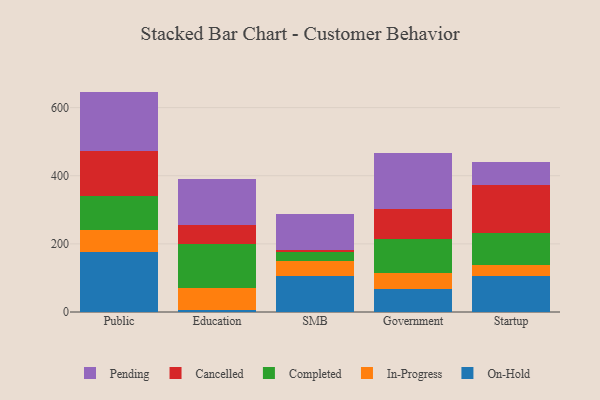
{"axis": {"x": "Segment", "y": "Gross Profit (USD K)"}, "legend": ["Cancelled", "Completed", "In-Progress", "On-Hold", "Pending"], "data": [{"x": "Public", "y": 176.1, "type": "On-Hold"}, {"x": "Public", "y": 63.5, "type": "In-Progress"}, {"x": "Public", "y": 102.4, "type": "Completed"}, {"x": "Public", "y": 129.2, "type": "Cancelled"}, {"x": "Public", "y": 175.8, "type": "Pending"}, {"x": "Education", "y": 7.2, "type": "On-Hold"}, {"x": "Education", "y": 63.2, "type": "In-Progress"}, {"x": "Education", "y": 128.2, "type": "Completed"}, {"x": "Education", "y": 56.4, "type": "Cancelled"}, {"x": "Education", "y": 134.1, "type": "Pending"}, {"x": "SMB", "y": 105.1, "type": "On-Hold"}, {"x": "SMB", "y": 43.6, "type": "In-Progress"}, {"x": "SMB", "y": 27.4, "type": "Completed"}, {"x": "SMB", "y": 6.2, "type": "Cancelled"}, {"x": "SMB", "y": 106.6, "type": "Pending"}, {"x": "Government", "y": 67.8, "type": "On-Hold"}, {"x": "Government", "y": 47.5, "type": "In-Progress"}, {"x": "Government", "y": 99.2, "type": "Completed"}, {"x": "Government", "y": 87.6, "type": "Cancelled"}, {"x": "Government", "y": 165.1, "type": "Pending"}, {"x": "Startup", "y": 105.6, "type": "On-Hold"}, {"x": "Startup", "y": 32.5, "type": "In-Progress"}, {"x": "Startup", "y": 94.7, "type": "Completed"}, {"x": "Startup", "y": 139.6, "type": "Cancelled"}, {"x": "Startup", "y": 67.3, "type": "Pending"}]}